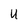
Character: U